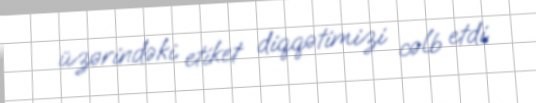
üzərindəki etiket diqqətimizi cəlb etdi.